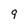
Character: g